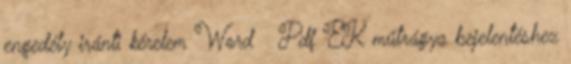
engedély iránti kérelem Word Pdf EK műtrágya bejelentéshez